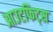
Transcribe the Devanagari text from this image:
आउटफिट्स